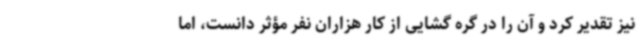
نیز تقدیر کرد و آن را در گره گشایی از کار هزاران نفر مؤثر دانست، اما